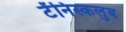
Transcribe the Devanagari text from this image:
टेंनिस्कलुब